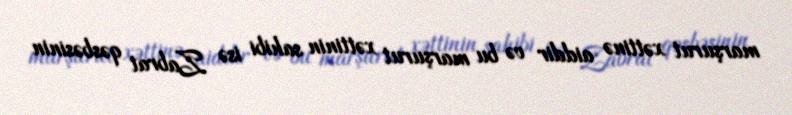
marşurut xəttinə aiddir və bu marşurut xəttinin sahibi isə Zabrat qəsbəsinin